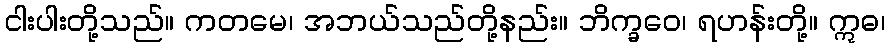
ငါးပါးတို့သည်။ ကတမေ၊ အဘယ်သည်တို့နည်း။ ဘိက္ခဝေ၊ ရဟန်းတို့။ ဣဓ၊